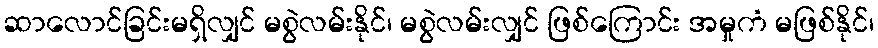
ဆာလောင်ခြင်းမရှိလျှင် မစွဲလမ်းနိုင်၊ မစွဲလမ်းလျှင် ဖြစ်ကြောင်း အမှုကံ မဖြစ်နိုင်၊